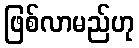
ဖြစ်လာမည်ဟု